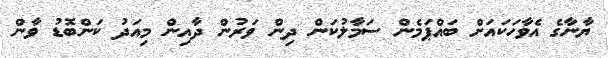
ޔާނާގެ އެވާހަކައަށް ބައްޕަމެން ސަމާލުކަން ދިން ވަރުން ދާއިން މިއަދު ކަންބޮޑު ވާން